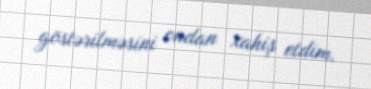
göstərilməsini ondan xahiş etdim.